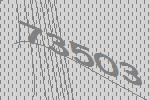
73503